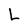
Character: L